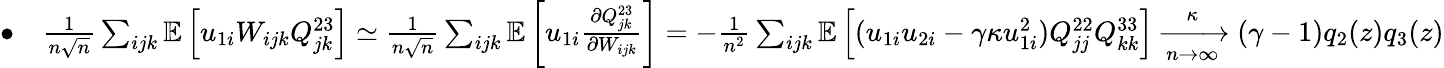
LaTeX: \begin{array}{r}{\bullet\quad\frac{1}{n\sqrt n}\sum_{ijk}\mathbb{E}\left[u_{1i}W_{ijk}Q_{jk}^{23}\right]\simeq\frac{1}{n\sqrt n}\sum_{ijk}\mathbb{E}\left[u_{1i}\frac{\partial Q_{jk}^{23}}{\partial W_{ijk}}\right]=-\frac{1}{n^{2}}\sum_{ijk}\mathbb{E}\left[(u_{1i}u_{2i}-\gamma\kappa u_{1i}^{2})Q_{jj}^{22}Q_{kk}^{33}\right]\xrightarrow[n\to\infty]\kappa(\gamma-1)q_{2}(z)q_{3}(z)}\end{array}